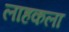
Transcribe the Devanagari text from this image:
लाहकला